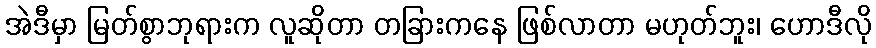
အဲဒီမှာ မြတ်စွာဘုရားက လူဆိုတာ တခြားကနေ ဖြစ်လာတာ မဟုတ်ဘူး၊ ဟောဒီလို